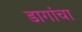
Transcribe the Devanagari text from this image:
डागांचा